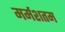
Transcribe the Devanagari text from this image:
मर्मशतम